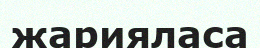
жарияласа